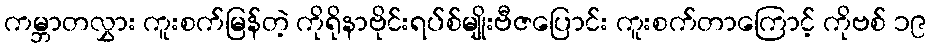
ကမ္ဘာတလွှား ကူးစက်မြန်တဲ့ ကိုရိုနာဗိုင်းရပ်စ်မျိုးဗီဇပြောင်း ကူးစက်တာကြောင့် ကိုဗစ် ၁၉